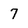
Character: 7